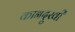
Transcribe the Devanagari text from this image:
कानदुखी